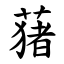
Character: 蕏